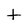
Character: t